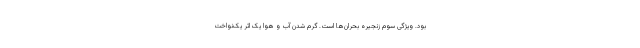
بود. ویژگی سوم زنجیره بحران‌ها است. گرم شدن آب و هوا یک اثر یک‌نواخت